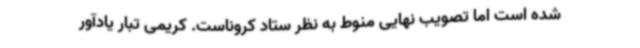
شده است اما تصویب نهایی منوط به نظر ستاد کروناست. کریمی تبار یادآور